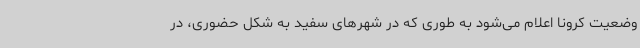
وضعیت کرونا اعلام می‌شود به طوری که در شهرهای سفید به شکل حضوری، در